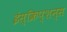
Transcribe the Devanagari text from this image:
इंस्क्रिप्शन्स